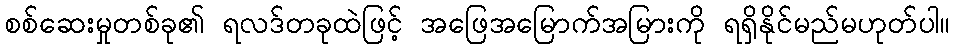
စစ်ဆေးမှုတစ်ခု၏ ရလဒ်တခုထဲဖြင့် အဖြေအမြောက်အမြားကို ရရှိနိုင်မည်မဟုတ်ပါ။